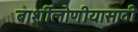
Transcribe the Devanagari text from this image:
बार्शीलोणीयासाठी